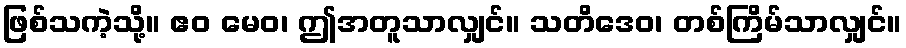
ဖြစ်သကဲ့သို့။ ဧဝ မေဝ၊ ဤအတူသာလျှင်။ သတိဒေဝ၊ တစ်ကြိမ်သာလျှင်။